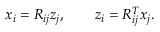
\begin{array} { r } { x _ { i } = R _ { i j } z _ { j } , \qquad z _ { i } = R _ { i j } ^ { T } x _ { j } . } \end{array}